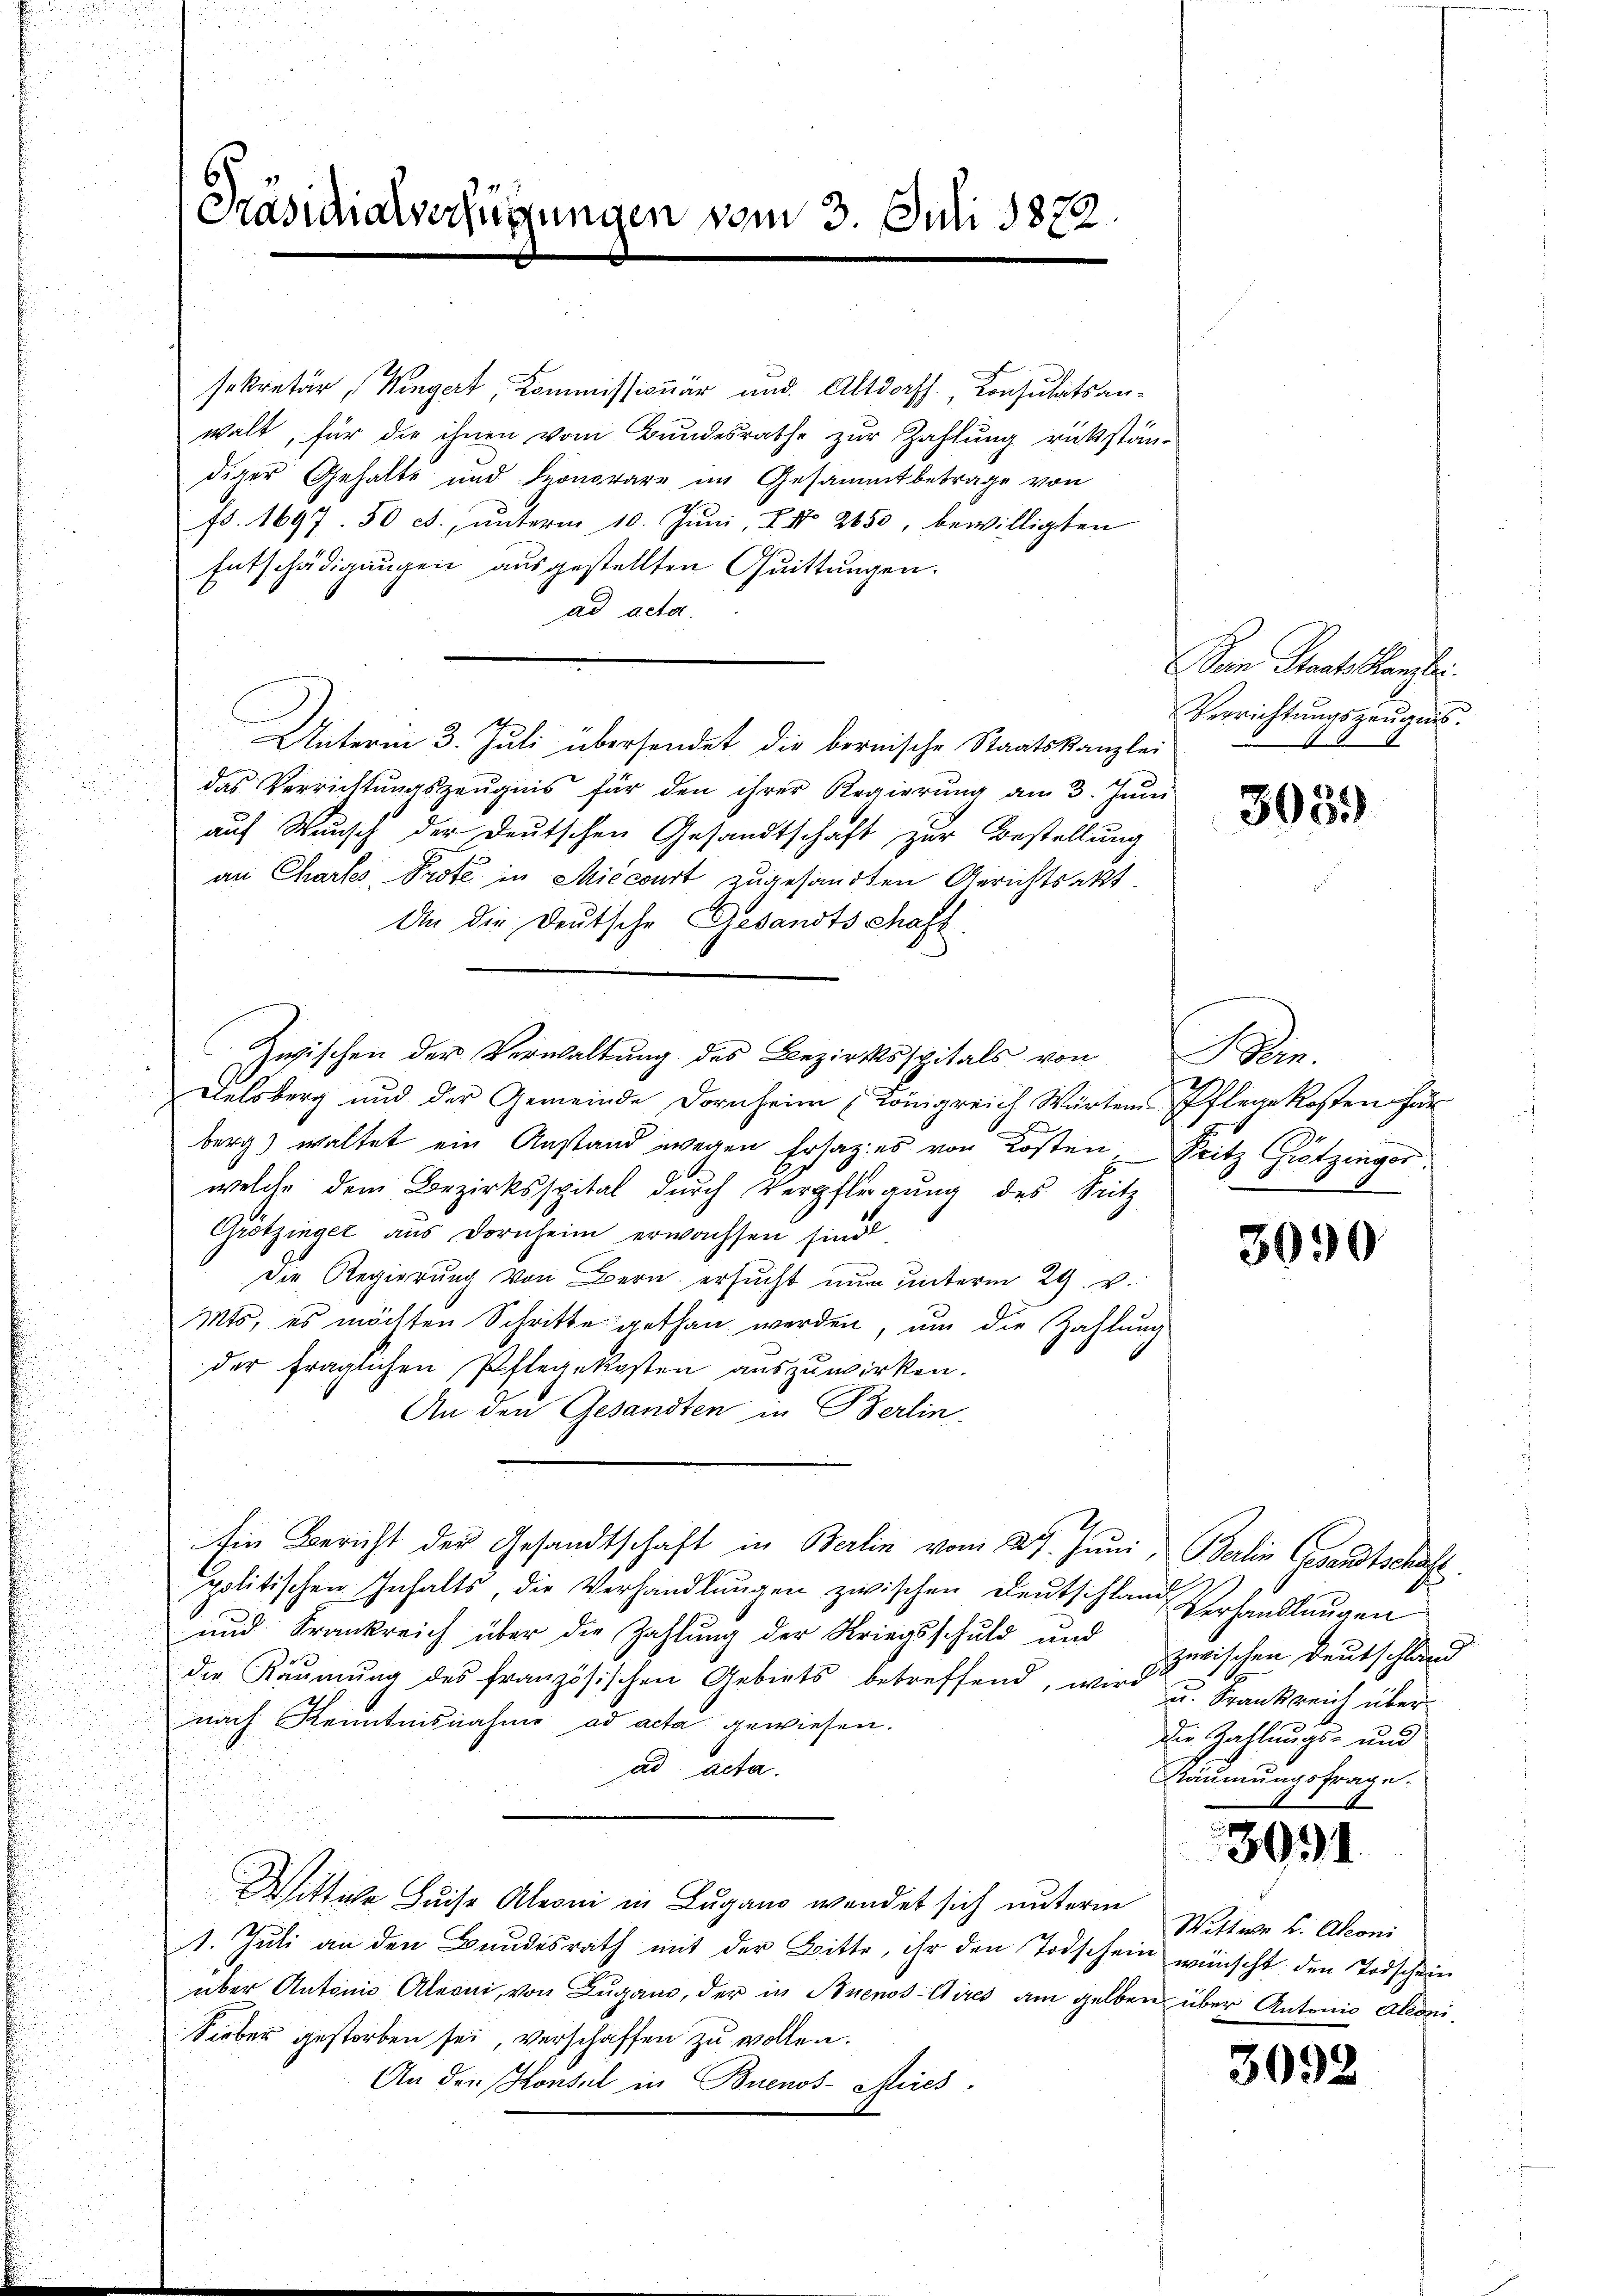
Präsidialverfügungen vom 3. Juli 1872.

sekretär (Wingert, Kommissionär und Altdorff., Consulatsanwalt, für die ihnen vom Bundesrathe zur Zahlung rükstän-
diger Gehalte und Honorare im Gesammtbetrage von
75. 1697. 50 ct., unterm 10. Juni, 7 No 2850, bewilligten
Entschädigungen ausgestellten Quittungen.
ad acta.
Unterm 3. Juli übersendet die bernische Staatskanzlei
das Verrichtŭngszeŭgnis für den ihrer Regierŭng am 3. Jŭni
auf Wunsch der Deutschen Gesandtschaft zur Bestellung
an Chartes Prote in Miccourt zugesandten Gerichtsakt
An die Deutsche Gesandtschaft
Zwischen der Verwaltung des Bezirksspitals von
Delsberg und der Gemeinde Dornheim (Königreich Warten Pflegekosten für
x
berg) waltet ein Anstand wegen Ersatzes von Kosten, Pritz Grötzinger
welche dem Bezirksspital durch Verpflegung des Sutz
Grotzinger aus Dornheim erwachsen sind.
Die Regierung von Bern ersucht nur unterm 29. v.
Mts, es möchten Schritte gethan werden, um die Zahlung
der fraglichen Pflegekosten auszuwirken.
An den Gesandten in Berlin.
Ein Bericht der Gesandtschaft in Berlin vom 29. Juni, Berlin Gesandtschaft
politischen Inhalts, die Verhandlŭngen zwischen Deutschland Verhandlungen
und Frankreich über die Zahlung der Kriegsschuld und
die Räumung des französischen Gebiets betreffend, wird u. Frankreich über
nach Kenntnisnahme ad acta gewiesen.
ad acta.
Wittwe Luise Aleoni in Lugano wendet sich unterm
1. Juli an den Bundesrath mit der Bitte, ihr den Todschein wünscht den Todschein
über Antonio Aleoni, von Lugano, der in Buenos Aires am gelben über Antonio Aleoni¬
Sieber gestorben sei, verschaffen zu wollen.
An den Konsul in Buenos-Mires.

San Staats Kanzlei
Verrichtungszeugnis.
10
l

3059

a

3090

zwischen Deutschland
A.
Die Zahlungs- und
Räumungsfrage.

3091.

Wittwe L. Aoni

3092